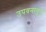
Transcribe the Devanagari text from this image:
उपवनातून